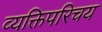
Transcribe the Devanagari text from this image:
व्यक्तिपरिचय